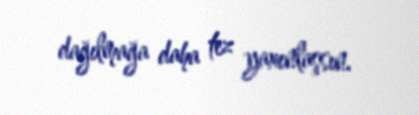
dağılmağa daha tez yaxınlaşsın.